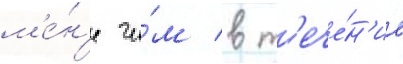
м'е́н'е че́м в т'ече́н'ие